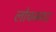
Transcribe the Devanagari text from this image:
लोचनगर